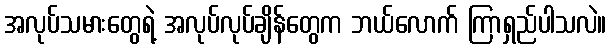
အလုပ်သမားတွေရဲ့ အလုပ်လုပ်ချိန်တွေက ဘယ်လောက် ကြာရှည်ပါသလဲ။